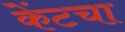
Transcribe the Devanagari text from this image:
केंटचा